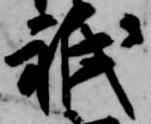
祇